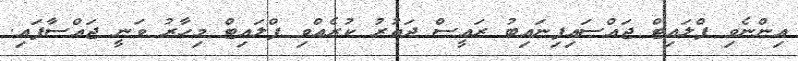
އިންނެވި ފްލައިޓް ޖައްސައިފިނައިބު ރައީސް ދަތުރު ކުރެއްވި ފްލައިޓް މިހާރު ވަނީ ޖައްސާފައި.